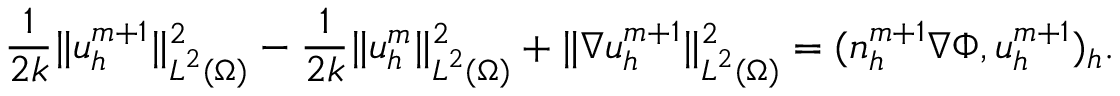
\frac { 1 } { 2 k } \| { \boldsymbol u } _ { h } ^ { m + 1 } \| _ { { \boldsymbol L } ^ { 2 } ( \Omega ) } ^ { 2 } - \frac { 1 } { 2 k } \| { \boldsymbol u } _ { h } ^ { m } \| _ { { \boldsymbol L } ^ { 2 } ( \Omega ) } ^ { 2 } + \| \nabla { \boldsymbol u } _ { h } ^ { m + 1 } \| _ { { \boldsymbol L } ^ { 2 } ( \Omega ) } ^ { 2 } = ( n _ { h } ^ { m + 1 } \nabla \Phi , { \boldsymbol u } _ { h } ^ { m + 1 } ) _ { h } .